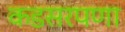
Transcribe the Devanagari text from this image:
कडसरपणा